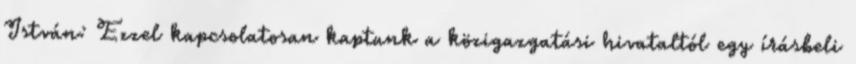
István: Ezzel kapcsolatosan kaptunk a közigazgatási hivataltól egy írásbeli